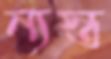
ন্যস্ত